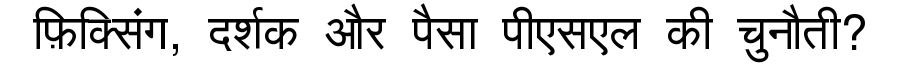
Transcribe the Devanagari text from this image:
फ़िक्सिंग, दर्शक और पैसा पीएसएल की चुनौती?